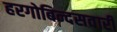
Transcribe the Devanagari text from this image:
हरगोबिन्दसवारी